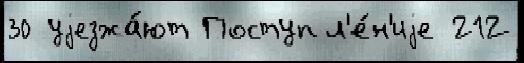
30 уjезжа́ют Поступл'е́н'иjе 212